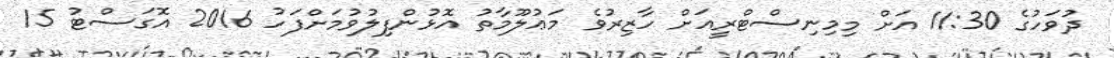
ދުވަހުގެ 11:30 އަށް މިމިނިސްޓްރީއަށް ހާޒިރުވެ މަޢުލޫމާތު އޮޅުންފިލުވުމަށްފަހު 2016 އޮގަސްޓު 15